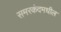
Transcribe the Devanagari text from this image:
समरकंदमधील